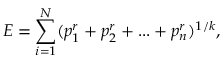
E = \sum _ { i = 1 } ^ { N } ( p _ { 1 } ^ { r } + p _ { 2 } ^ { r } + . . . + p _ { n } ^ { r } ) ^ { 1 / k } ,